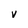
Character: V